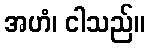
အဟံ၊ ငါသည်။